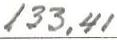
133,41